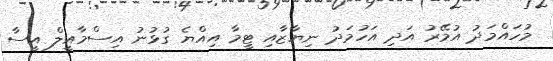
މުހައްމަދު އުމޭރު އަދި އަހުމަދު ނިޔާޒާއި ޓީމާ އިއްޔެ ގުޅުނު އިސްމާއީލް އީސާ